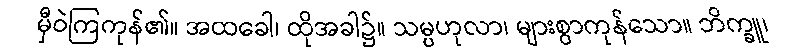
မှီဝဲကြကုန်၏။ အထခေါ၊ ထိုအခါ၌။ သမ္ပဟုလာ၊ များစွာကုန်သော။ ဘိက္ခူ၊